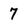
Character: 7